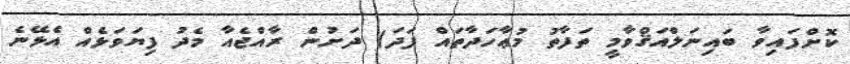
ކޮށްފައިވާ ބައިނަލްއަޤްވާމީ ތަފާތު މުޢާހަދާތައް ފަދަ) ދަށުން ރާއްޖެއާ މެދު ފިޔަވަޅެއް އެޅޭނެ